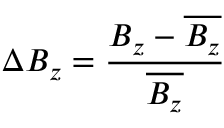
\Delta B _ { z } = \frac { B _ { z } - \overline { { B _ { z } } } } { \overline { { B _ { z } } } }